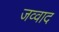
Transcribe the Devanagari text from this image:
जव्वाद